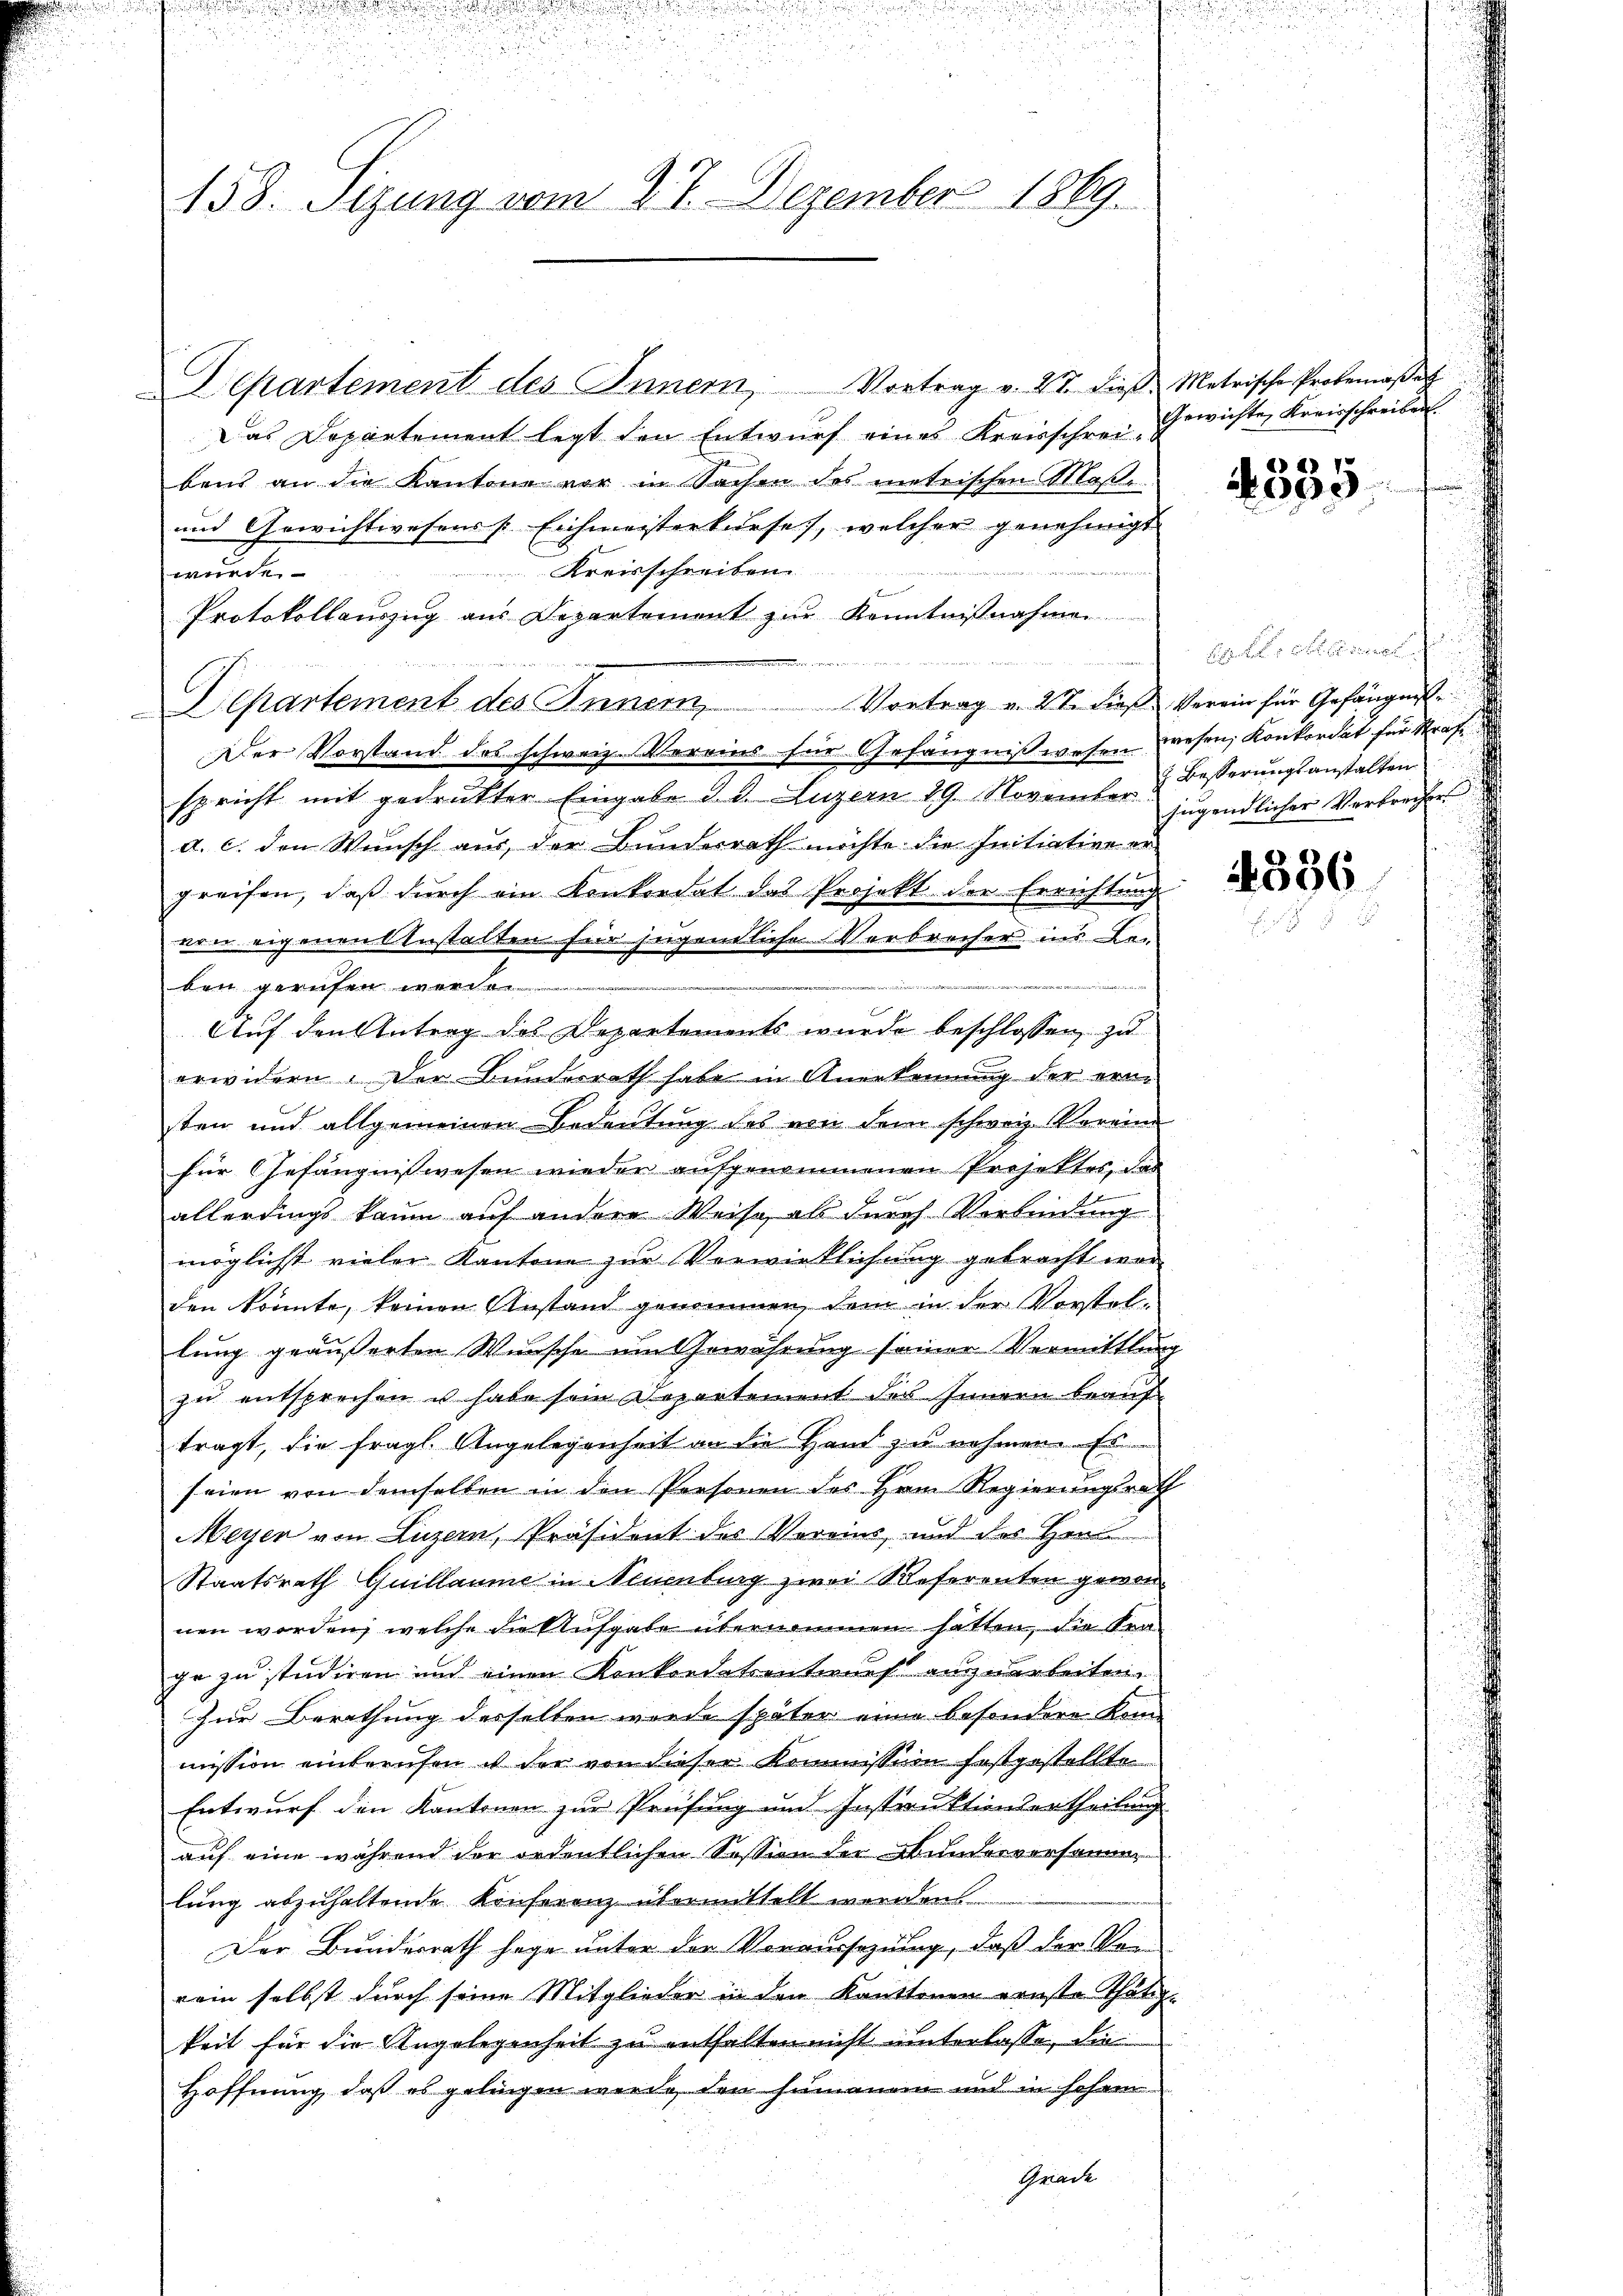
158. Sizung vom 27. Dezember 1869.

Vortrag v. 27. Dief. Metrische Probemasser
Departement des Innern,
Das Departement legt den Entwurf eines Kreisschreibens an die Kantone vor in Sachen des metrischen Maß-
und Gewichtwesens [Eichmeisterkurses, welcher genehmigt
Kreisschreiben
wurde
Protokollauszug aus Departement zur Kenntnißnahmen
Departement des Innern, Vortrag v. 27. dieß Verein für Gefängnis.
Der Vorstand des schweiz. Vereins für Gefängnißwesen wesen, Konkordat für Strafspricht mit gedrukter Eingabe d. d. Luzern 19. November & Besserŭngsanstalten
a. c. den Wunsch aus der Bundesrath möchte die Initiative er
greifen, daß durch ein Konkordat das Projekt der Errichtung
von eigenen Anstalten für jugendliche Verbrecher ins Ben
traire
ben gerufen werde.
Auf den Antrag des Departements wurde beschlossen, zu
erwidern. Der Bunderrath habe in Anerkennung der ern-
sten und allgemeinen Bedeutung des von dem schweiz. Voreine
für Gefängnisswesen wieder aufgenommenen Projektes, das
allerdings kaum auf andere Weise, als durch Verbindung
möglicht vieler Kantone zur Verwirklichung gebracht war
den könnte, keinen Anstand genommen, dem in der Vorstellung geäußerten Wunsche um Gewährung seiner Vermittlung
zu entsprechen u habe sein Departement des Innern beauf
tragt, die fragl. Angelegenheit an die Hand zu nehmen. Es
seien von demselben in den Personen des Herrn Regierungsrath
Meyer von Luzern, Präsident des Vereins und der Henn
Staatsrath Guillaume in Neuenburg zwei Referenten gewon
nen worden, welche die Aufgabe übernommen hatten, die Frage zu studiren und einen Konkordatsentiones auszuarbeiten.
zur Berathung desselben wurde später einen besondere Kon-
mission einberufen u der von dieser Kommission festgestellte
Entwurf den Kantonen zur Prüfung und Instruktionsartheilung
auf eine während der ordentlichen Session der Bunderversamm
lung abzuhaltende Konferenz übermittelt werden
Der Bundesrath sage unter den Voraussezung, daß der Vor
rein selbst durch seine Mitglieder in den Kantonen ernste Thätig-
keit für die Angelegenheit zu enthalten nicht unterlasse, die
Hoffnung, daß es gelingen werde, den Humanen und in sehen
Grade

Gewichte Kreisschreiben.

4535

jugendlicher Verbrecher

4336